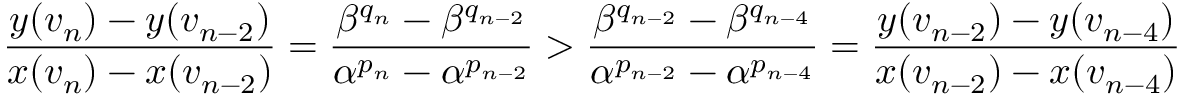
\frac { y ( v _ { n } ) - y ( v _ { n - 2 } ) } { x ( v _ { n } ) - x ( v _ { n - 2 } ) } = \frac { \beta ^ { q _ { n } } - \beta ^ { q _ { n - 2 } } } { \alpha ^ { p _ { n } } - \alpha ^ { p _ { n - 2 } } } > \frac { \beta ^ { q _ { n - 2 } } - \beta ^ { q _ { n - 4 } } } { \alpha ^ { p _ { n - 2 } } - \alpha ^ { p _ { n - 4 } } } = \frac { y ( v _ { n - 2 } ) - y ( v _ { n - 4 } ) } { x ( v _ { n - 2 } ) - x ( v _ { n - 4 } ) }